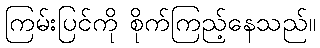
ကြမ်းပြင်ကို စိုက်ကြည့်နေသည်။